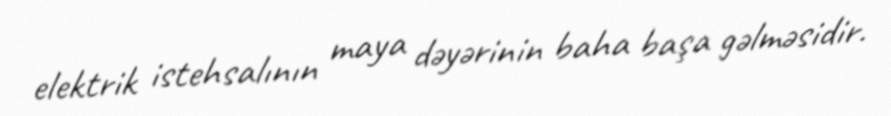
elektrik istehsalının maya dəyərinin baha başa gəlməsidir.